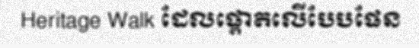
Heritage Walk ដែលផ្តោតលើបែបផែន